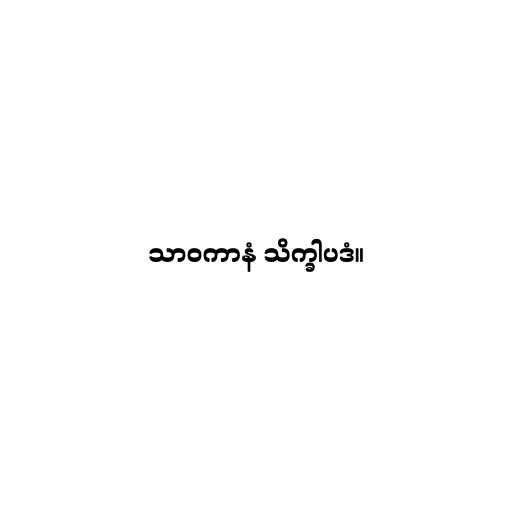
သာဝကာနံ သိက္ခါပဒံ။